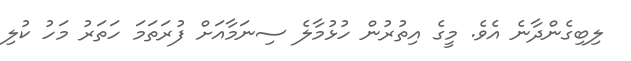
ލިބިގެންދާނެ އެވެ. މީގެ އިތުރުން ހުޅުމާލެ ސިނަމާއަށް ފުރަތަމަ ހަތަރު މަހު ކުލި